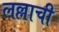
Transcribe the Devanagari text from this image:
लल्लाची